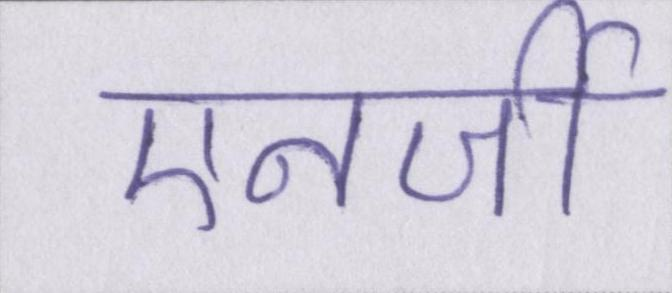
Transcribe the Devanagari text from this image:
एनर्जी